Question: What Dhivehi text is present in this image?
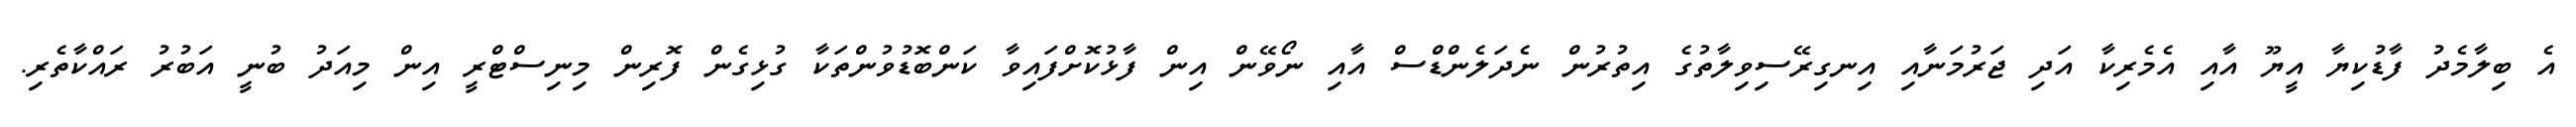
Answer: އެ ބިލާމެދު ފާޑުކިޔާ އީޔޫ އާއި އެމެރިކާ އަދި ޖަރުމަނާއި އިނގިރޭސިވިލާތުގެ އިތުރުން ނެދަލެންޑްސް އާއި ނޯވޭން އިން ފާޅުކޮށްފައިވާ ކަންބޮޑުވުންތަކާ ގުޅިގެން ފޮރިން މިނިސްޓްރީ އިން މިއަދު ބުނީ އަބުރު ރައްކާތެރި.